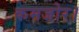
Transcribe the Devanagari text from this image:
कमजोर।